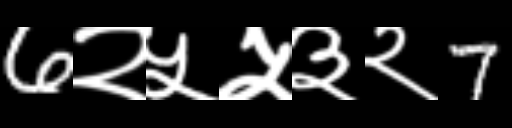
Text: 6२५५३२7